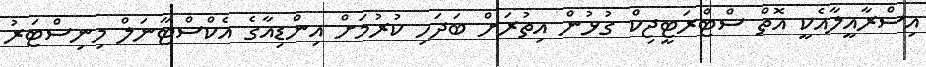
އިސްރާއީލާއެކީ އޮތް ސްޓްރަޓީޖިކް ގުޅުން އިތުރަށް ބަދަހި ކުރުމަށް އިންޑިއާގެ އެކްސްޓާނަލް މިނިސްޓަރު